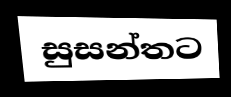
සුසන්තට